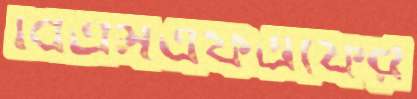
বিএসএফএফের